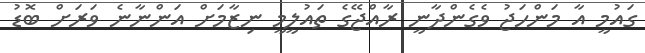
ގައުމީ އާ މަންހަޖު ވެގެންދާނީ ރާއްޖޭގެ ތައުލީމީ ނިޒާމަށް އަންނާނެ ވަރަށް ބޮޑު